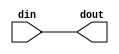
module input_equip(
    input [31:0] din,
    output [31:0] dout
);

    reg [31:0] data_in;

    always@(*)
    begin
        data_in = din;
    end

    assign dout = data_in;

endmodule